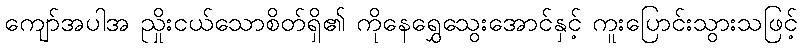
ကျော်အပါအ ညှိုးငယ်သောစိတ်ရှိ၏ ကိုနေရွှေသွေးအောင်နှင့် ကူးပြောင်းသွားသဖြင့်